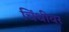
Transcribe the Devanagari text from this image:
चिंधीवर